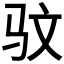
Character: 𫘜